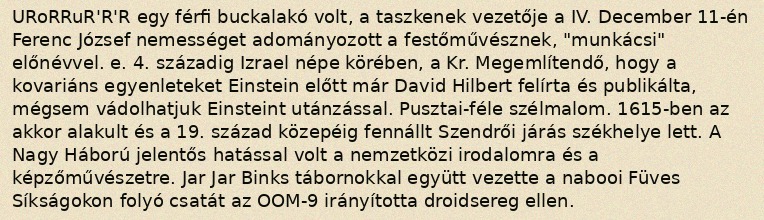
URoRRuR'R'R egy férfi buckalakó volt, a taszkenek vezetője a IV. December 11-én Ferenc József nemességet adományozott a festőművésznek, "munkácsi" előnévvel. e. 4. századig Izrael népe körében, a Kr. Megemlítendő, hogy a kovariáns egyenleteket Einstein előtt már David Hilbert felírta és publikálta, mégsem vádolhatjuk Einsteint utánzással. Pusztai-féle szélmalom. 1615-ben az akkor alakult és a 19. század közepéig fennállt Szendrői járás székhelye lett. A Nagy Háború jelentős hatással volt a nemzetközi irodalomra és a képzőművészetre. Jar Jar Binks tábornokkal együtt vezette a nabooi Füves Síkságokon folyó csatát az OOM-9 irányította droidsereg ellen.